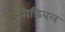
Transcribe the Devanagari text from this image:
सिद्धिबल